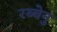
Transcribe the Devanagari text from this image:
रब्बेनु